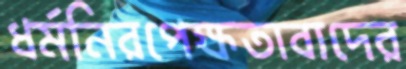
ধর্মনিরপেক্ষতাবাদের